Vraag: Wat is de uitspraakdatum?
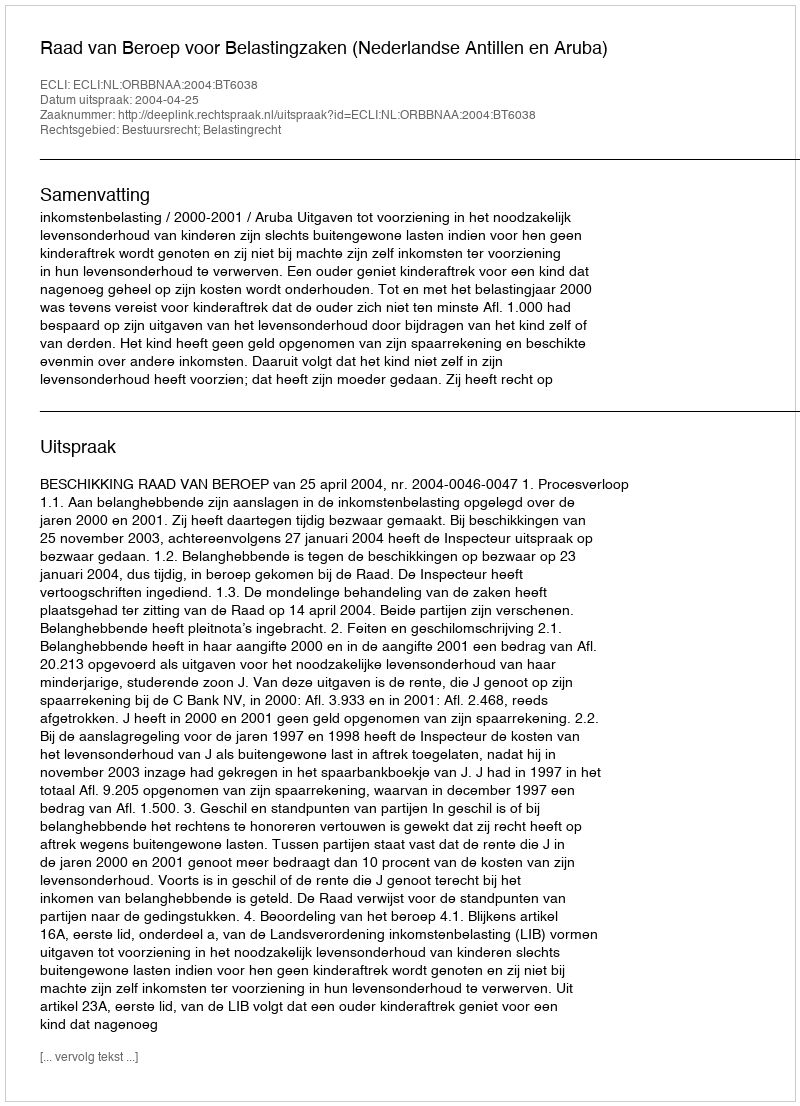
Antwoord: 2004-04-25